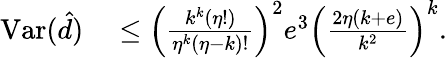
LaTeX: \begin{array}{rl}{\mathrm{Var}(\hat{d})}&{{}\leq\left(\frac{k^{k}\left(\eta!\right)}{\eta^{k}\left(\eta-k\right)!}\right)^{2}e^{3}\left(\frac{2\eta\left(k+e\right)}{k^{2}}\right)^{k}.}\end{array}